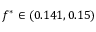
f ^ { \ast } \in ( 0 . 1 4 1 , 0 . 1 5 )